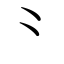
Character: ⺀